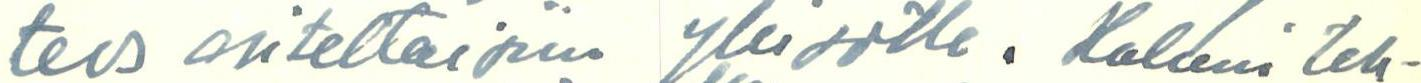
teos esiteltäisiin yleisölle. Haluni teh-